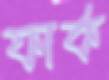
ফার্ক